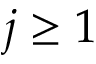
j \ge 1